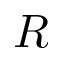
R